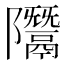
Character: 𨽨